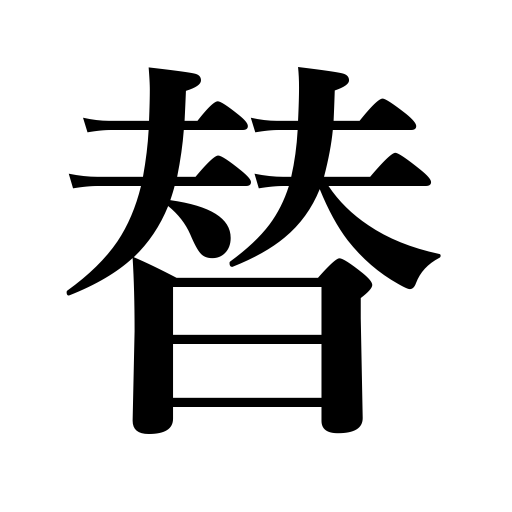
Meanings: exchange,change,turn,renew,convert,replace,relieve,substitute